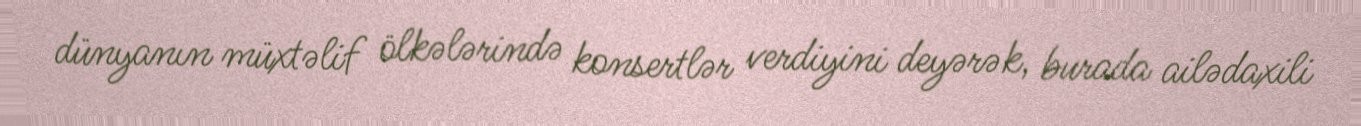
dünyanın müxtəlif ölkələrində konsertlər verdiyini deyərək, burada ailədaxili